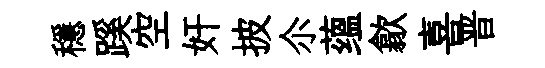
穩蹊空奸披尒蕴歙喜晋